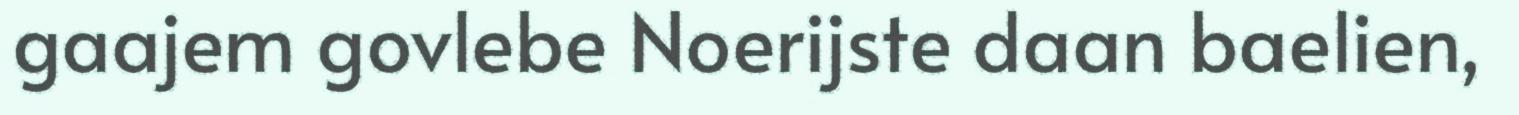
gaajem govlebe Noerijste daan baelien,